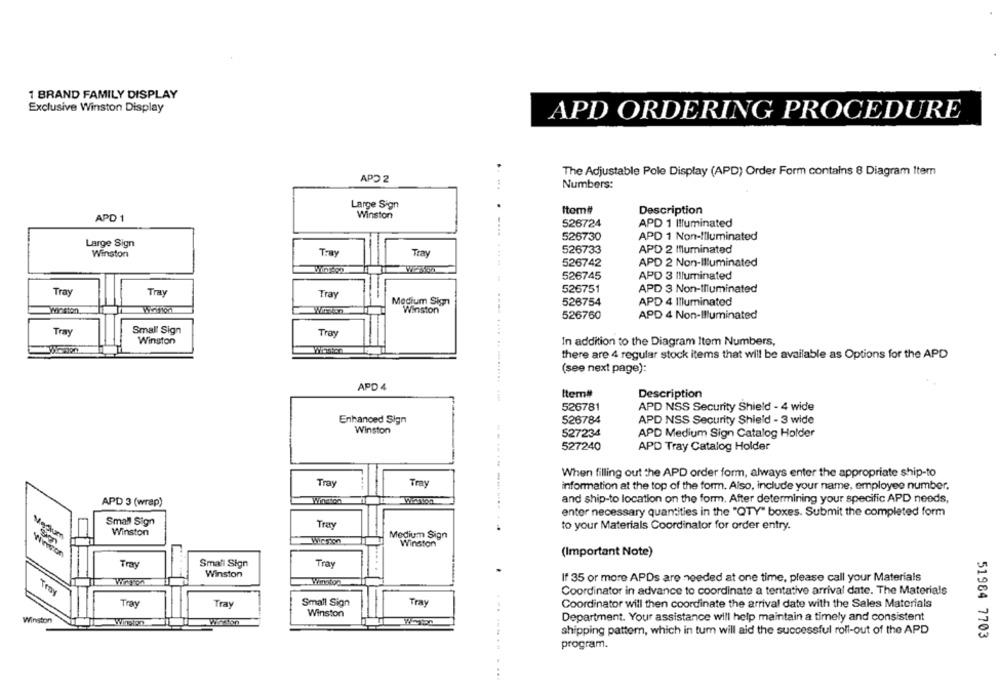
1 BRAND FAMILY DISPLAY
Exclusive Winston Display
APD ORDERING PROCEDURE
The Adjustable Pole Display (APD) Order Form contains 8 Diagram Item
APO 2
Numbers:
Large Sign
Winston
Item#
Description
APD 1
526724
APD 1 Illuminated
526730
APD 1 Non-Illuminated
Large Sign
526733
APD 2 Illuminated
Winston
Tray
Tray
526742
APD 2 Non-Illuminated
526745
APD 3 Illuminated
Tray
Tray
526751
APD 3 Non-Illuminated
Tray
Medium Sign
526754
APD 4 Illuminated
Winston
526760
APD 4 Non-Illuminated
Tray
Small Sign
Troy
Winston
In addition to the Diagram Item Numbers,
there are 4 regular stock items that will be available as Options for the APD
(see next page):
APD 4
Item#t
Description
526781
APD NSS Security Shield - 4 wide
Enhanced Sign
526784
APD NSS Security Shield - 3 wide
Winston
527234
APD Medium Sign Catalog Holder
527240
APD Tray Catalog Holder
When filling out the APD order form, always enter the appropriate ship-to
Tray
Tray
information at the top of the form. Also, include your name, employee number.
and ship-to location on the form. After determining your specific APD needs,
APD 3 (wrap)
-----------..
enter necessary quantities in the "QTY" boxes. Submit the completed form
Small Sign
Tray
to your Materials Coordinator for order entry.
Medium
Winston
Medium Sign
Winston
wincon
(Important Note)
...
Tray
Small Sign
Tray
Winston
Winston
If 35 or more APDs are needed at one time, please call your Materials
Coordinator in advance to coordinate a tentative arrival date. The Materials
Troy
Tray
Small Sign
Tray
Coordinator will then coordinate the arrival date with the Sales Materials
Tray
...
Winston
Department. Your assistance will help maintain a timely and consistent
Winston
shipping pattern, which in tum will aid the successful roll-out of the APD
51984 7703
program.
..